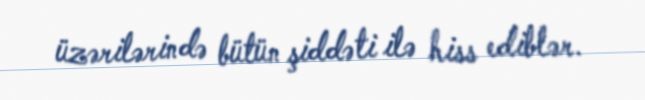
üzərilərində bütün şiddəti ilə hiss ediblər.